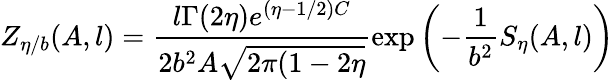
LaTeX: Z_{\eta/b}(A,l)=\frac{l\Gamma(2\eta)e^{(\eta-1/2)C}}{2b^{2}A\sqrt{2\pi(1-2\eta}}\exp\left(-\frac 1{b^{2}}S_{\eta}(A,l)\right)